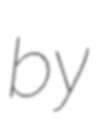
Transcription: by